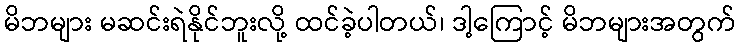
မိဘများ မဆင်းရဲနိုင်ဘူးလို့ ထင်ခဲ့ပါတယ်၊ ဒါ့ကြောင့် မိဘများအတွက်